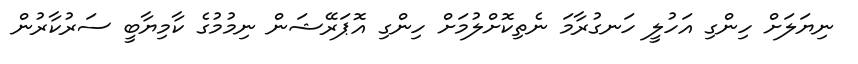
ނިޔަލަށް ހިންގި އަހުލީ ހަނގުރާމަ ނެތިކޮށްލުމަށް ހިންގި އޮޕަރޭޝަން ނިމުމުގެ ކާމިޔާބީ ސަރުކާރުން